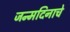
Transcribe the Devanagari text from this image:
जन्मदिनाचे